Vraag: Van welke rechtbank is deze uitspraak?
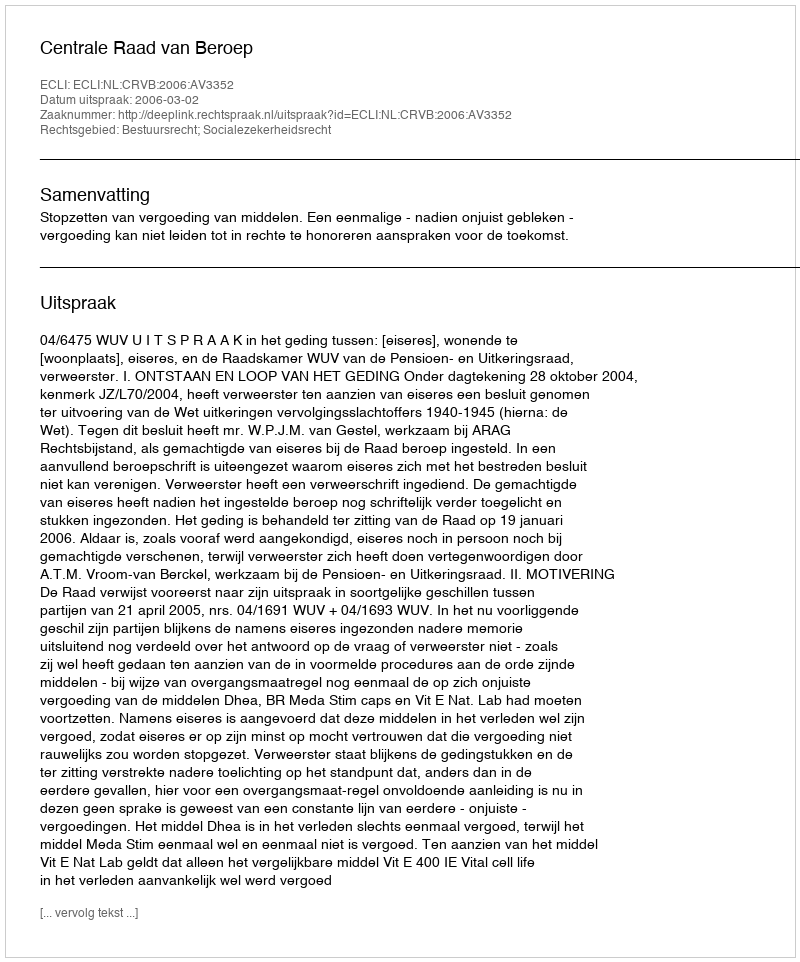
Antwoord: Centrale Raad van Beroep